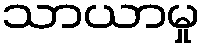
သာယာမှု